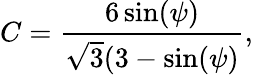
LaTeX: C=\frac{6\sin(\psi)}{\sqrt{3}(3-\sin(\psi)},